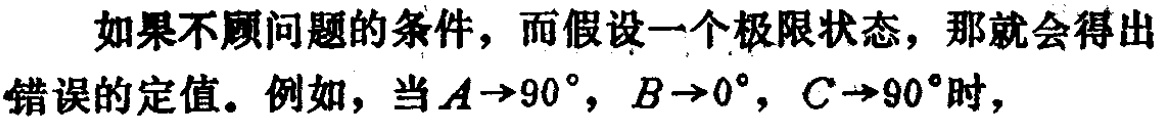
如果不顾问题的条件，而假设一个极限状态，那就会得出错误的定值。例如，当\(A \to 90^{\circ}\)，\(B \to 0^{\circ}\)，\(C \to 90^{\circ}\)时，